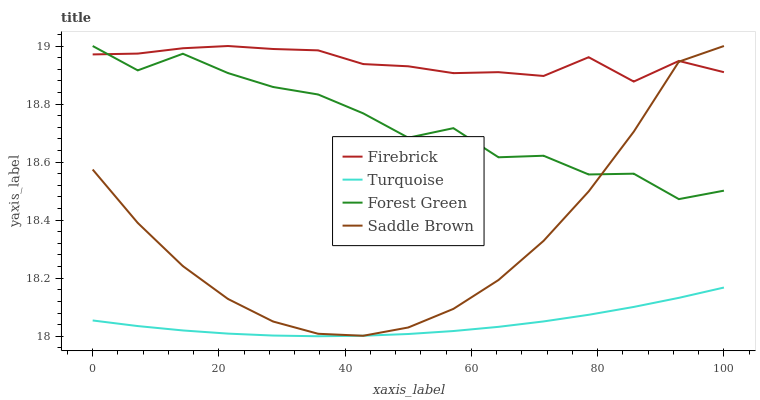
| xaxis_label | Firebrick | Turquoise | Forest Green | Saddle Brown |
 | --- | --- | --- | --- | --- |
 | 0 | 19 | 18.1 | 19 | 18.6 |
 | 7.14 | 19 | 18 | 18.9 | 18.4 |
 | 14.3 | 19 | 18 | 19 | 18.2 |
 | 21.4 | 19 | 18 | 18.9 | 18.1 |
 | 28.6 | 19 | 18 | 18.9 | 18.1 |
 | 35.7 | 19 | 18 | 18.8 | 18 |
 | 42.9 | 18.9 | 18 | 18.8 | 18 |
 | 50 | 18.9 | 18 | 18.7 | 18 |
 | 57.1 | 18.9 | 18 | 18.7 | 18.1 |
 | 64.3 | 18.9 | 18 | 18.6 | 18.2 |
 | 71.4 | 18.9 | 18.1 | 18.6 | 18.3 |
 | 78.6 | 19 | 18.1 | 18.6 | 18.5 |
 | 85.7 | 18.9 | 18.1 | 18.6 | 18.7 |
 | 92.9 | 18.9 | 18.1 | 18.5 | 18.9 |
 | 100 | 18.9 | 18.2 | 18.5 | 19 |